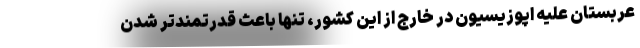
عربستان علیه اپوزیسیون در خارج از این کشور، تنها باعث قدرتمندتر شدن